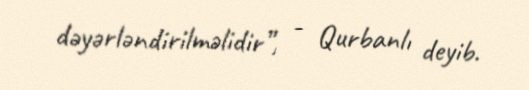
dəyərləndirilməlidir”, - Qurbanlı deyib.